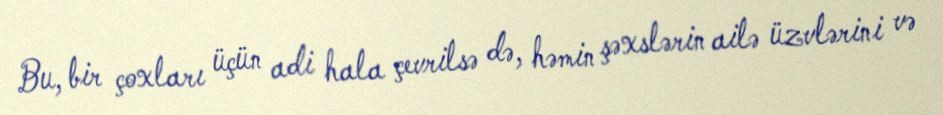
Bu, bir çoxları üçün adi hala çevrilsə də, həmin şəxslərin ailə üzvlərini və